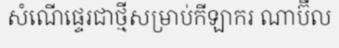
សំណើផ្ទេរជាថ្មីសម្រាប់កីឡាករ ណាប៊ីល